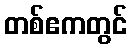
တစ်ဧကတွင်